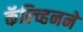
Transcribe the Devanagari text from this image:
कॅल्व्हिनने